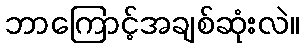
ဘာကြောင့်အချစ်ဆုံးလဲ။